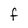
Character: F